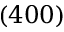
( 4 0 0 )